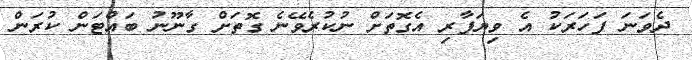
ދެވަނަ ފަހަރަކު އެ ވިޔަފާރި އެގޮތަށް ނުކުރެވޭނެ ގޮތަށް ގާނޫނު ބައްޓަން ކުރަން